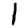
Digit: 1